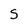
Character: S